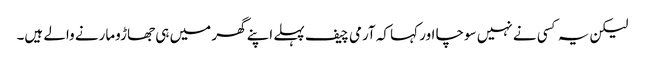
لیکن یہ کسی نے نہیں سوچا اور کہا کہ آرمی چیف پہلے اپنے گھر میں ہی جھاڑومارنے والے ہیں۔